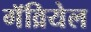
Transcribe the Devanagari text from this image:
गॅव्रियेल